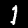
Digit: 1